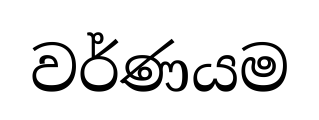
වර්ණයම